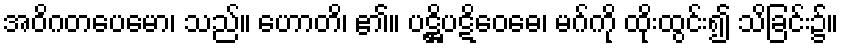
အဝိဂတပေမော၊ သည်။ ဟောတိ၊ ၏။ ပဋ္ဌိပဋိဝေဓေ၊ မဂ်ကို ထိုးထွင်း၍ သိခြင်း၌။